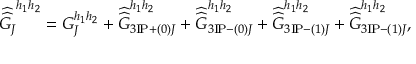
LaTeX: \widehat { \widehat { G _ { J } } } ^ { h _ { 1 } h _ { 2 } } = G _ { J } ^ { h _ { 1 } h _ { 2 } } + \widehat { \widehat { G } } _ { 3 \mathrm { I } \! \mathrm { P } + ( 0 ) J } ^ { h _ { 1 } h _ { 2 } } + \widehat { \widehat { G } } _ { 3 \mathrm { I } \! \mathrm { P } - ( 0 ) J } ^ { h _ { 1 } h _ { 2 } } + \widehat { \widehat { G } } _ { 3 \mathrm { I } \! \mathrm { P } - ( 1 ) J } ^ { h _ { 1 } h _ { 2 } } + \widehat { \widehat { G } } _ { 3 \mathrm { I } \! \mathrm { P } - ( 1 ) J } ^ { h _ { 1 } h _ { 2 } } ,